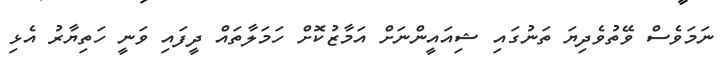
ނަމަވެސް ވޭތުވެދިޔަ ތަނުގައި ޝިއައީންނަށް އަމާޒުކޮށް ހަމަލާތައް ދީފައި ވަނީ ހަތިޔާރު އެޅި